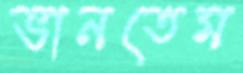
ভানতেম